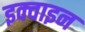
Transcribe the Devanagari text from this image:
इक्वाइन